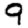
Digit: 9